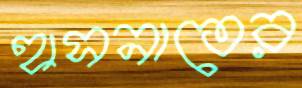
হাসনাতের